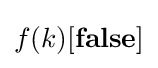
f(k)[{\textbf {false}}]